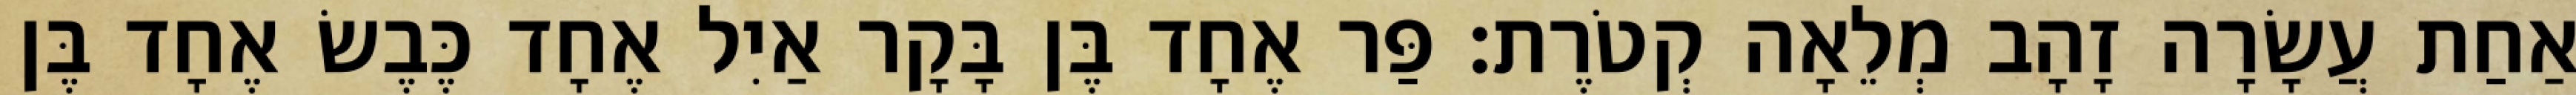
אַחַת עֲשָׂרָה זָהָב מְלֵאָה קְטֹרֶת׃ פַּר אֶחָד בֶּן בָּקָר אַיִל אֶחָד כֶּבֶשׂ אֶחָד בֶּן